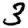
Digit: 3